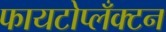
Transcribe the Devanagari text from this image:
फायटोप्लँक्टन